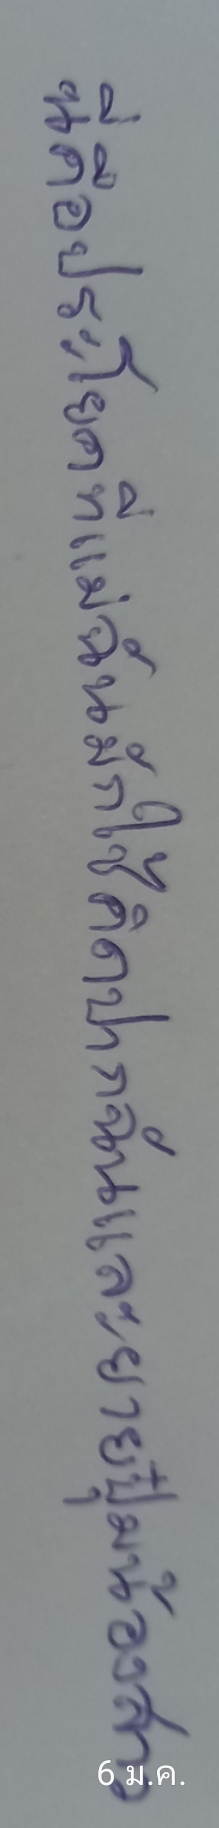
นี่คือประโยคที่แม่ฉันมักใช้คิดปากฉันและยายปุ๋มน้องสาว